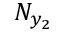
N _ { y _ { 2 } }